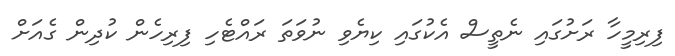
ފިރިމީހާ ރަށުގައި ނެތީސް އެކުގައި ކިޔެވި ނުވަތަ ރައްޓެހި ފިރިހެން ކުދިން ގެއަށް